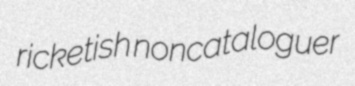
ricketish noncataloguer